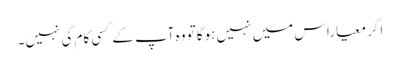
اگر معیاراس میں نہیں ہوگا تو وہ آپ کے کسی کام کی نہیں۔